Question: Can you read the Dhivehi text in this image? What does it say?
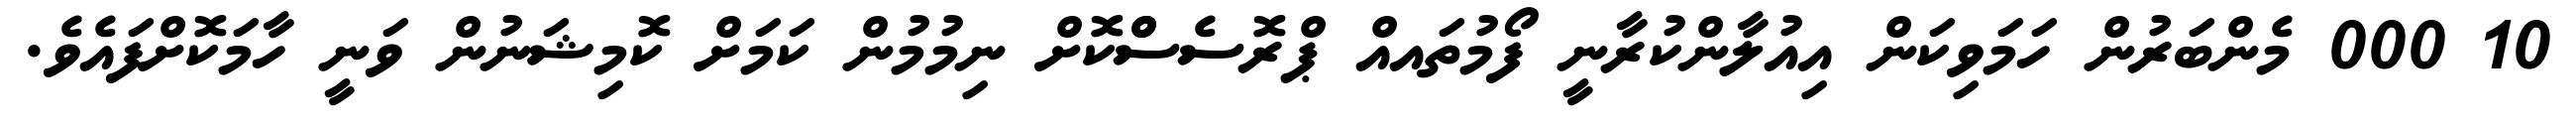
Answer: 10 000 މެންބަރުން ހަމަވިކަން އިއުލާންކުރާނީ ފޯމުތައއް ޕްރޮސެސްްކޮށް ނިމުމުން ކަމަށް ކޮމިޝަނުން ވަނީ ހާމަކޮށްފައެވެ.